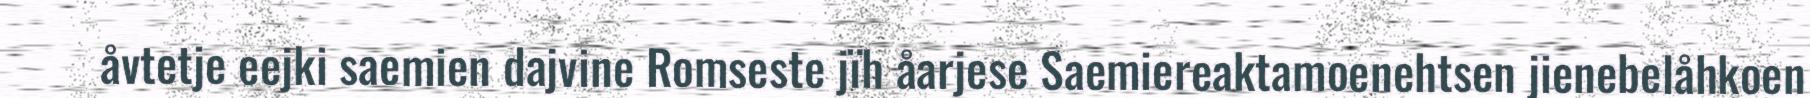
åvtetje eejki saemien dajvine Romseste jïh åarjese Saemiereaktamoenehtsen jienebelåhkoen